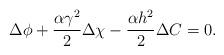
LaTeX: \begin{align*}\Delta \phi +\frac{\alpha \gamma ^{2}}{2}\Delta \chi - \frac{\alpha h^{2}}{2}\Delta C =0. \end{align*}